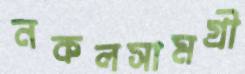
নকলসামগ্রী